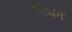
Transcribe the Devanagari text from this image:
सिंथन